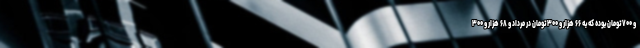
و ۷۰۰ تومان بوده که به ۶۶ هزار و ۳۰۰ تومان در مرداد و ۶۸ هزار و ۳۰۰